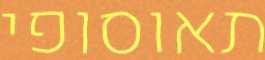
תאוסופי